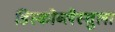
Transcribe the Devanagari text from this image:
डिस्कोब्लैस्चुला